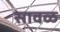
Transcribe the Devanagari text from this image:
सावळ